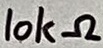
Text: 10kΩ